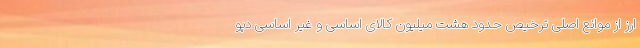
ارز از موانع اصلی ترخیص حدود هشت میلیون کالای اساسی و غیر اساسی دپو